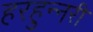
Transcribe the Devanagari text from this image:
हरहुन्‍नरी